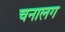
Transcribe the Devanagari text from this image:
चनालग